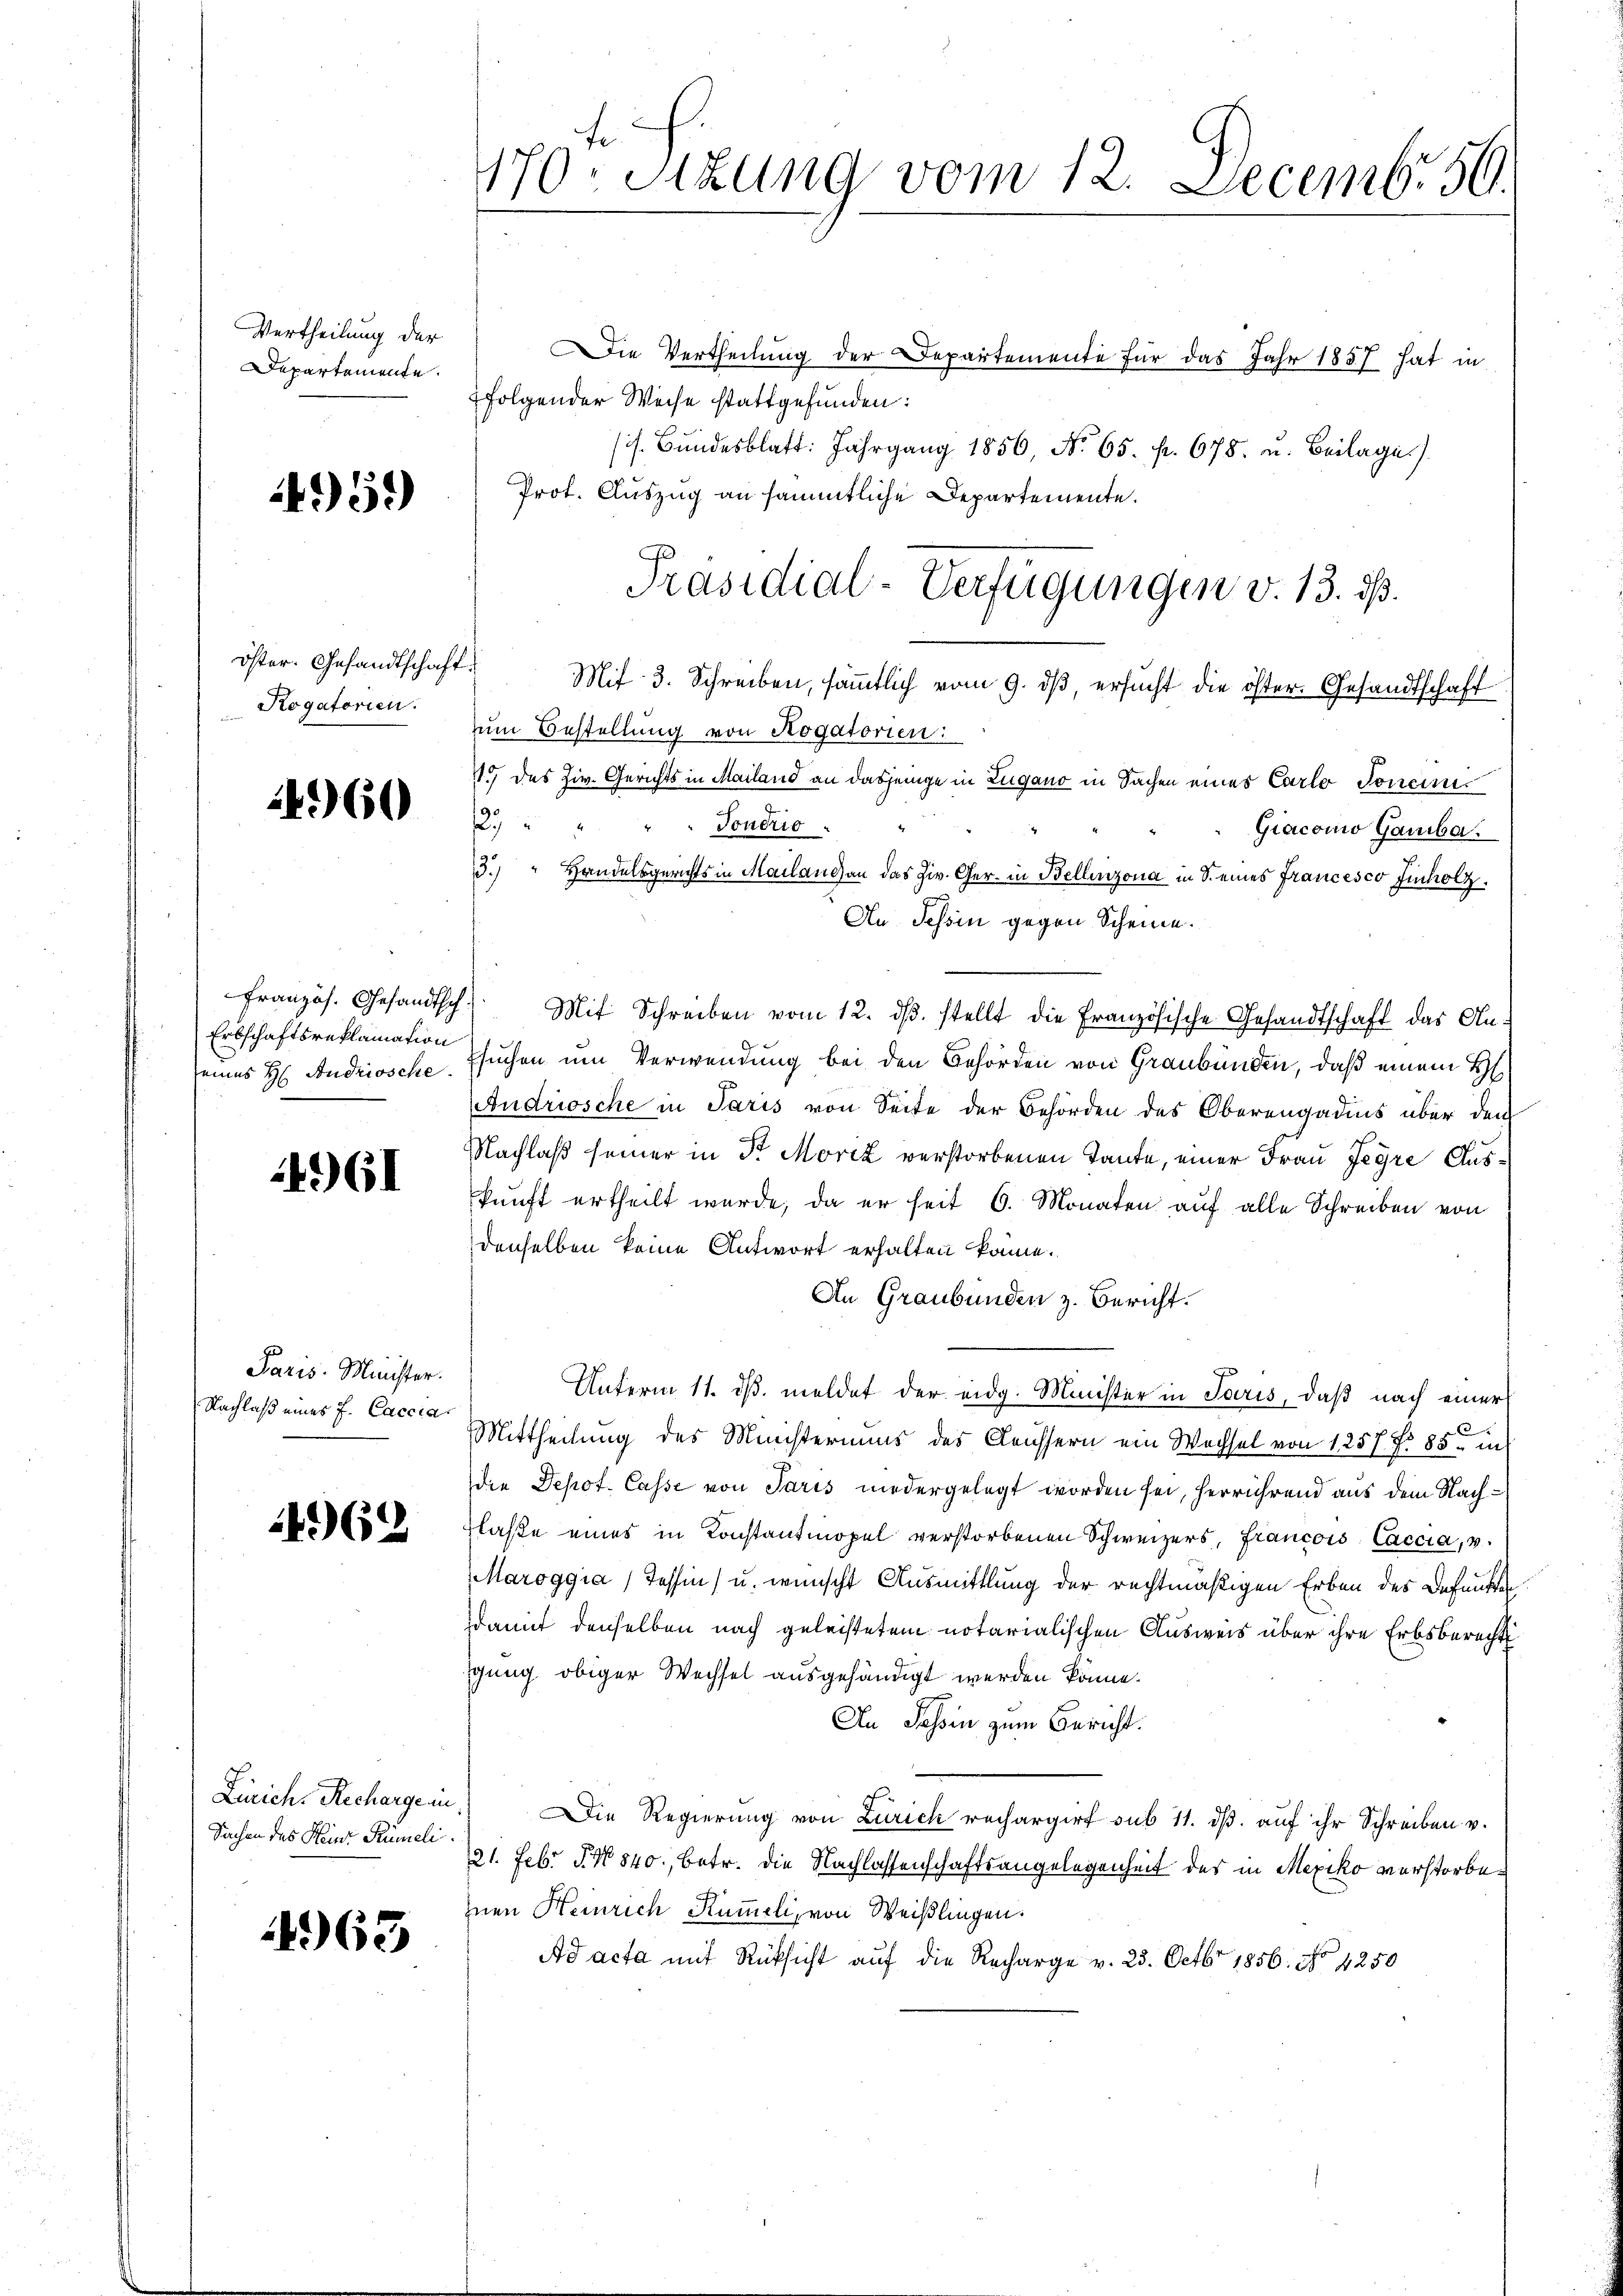
Vertheilung der
Departemente.

4951)

öster. Gesandtschaft.
Rogatorien.

4960

Französ. Gesandtsch
Erbschaftsreklamation
seines H: Andriosche.

4961

Paris Minister.
Nachlaß eines J. Caccia

4962

Linrich-Recharge un
Sachen des Heinr. Rümeli

4965

170. Sitzung vom 12. Decemb. 59.

Die Vertheilung der Departemente für das Jahr 1857 hat in
folgender Weise stattgefunden:
/. Bundesblatt. Jahrgang 1856 No. 65. pr. 678. u. Beilage)
Prot. Auszug an sämmtliche Departemente.
zum Bestellung von Rogatorien:
1.) das Ziv. Gerichts in Mailand an dasjenige in Zugano in Sachen eines Carlo Tonci¬
2. " " " " Fondrio
Giacomo Gamba
Mit Schreiben vom 12. dβ. stellt die Französische Gesandtschaft das An-
Esuchen um Verwendung bei den Behörden von Graubünden, daß einem H
Andriosche in Paris von Seite der Behörden des Oberengadnis über den
Nachlaß seiner in Dr Moriz verstorbenen Tante, einer Frau Jegre Auskunft ertheilt wurde, da er seit 6. Monaten auf alle Schreiben von
denselben keine Antwort erhalten könne.
An Graubünden z. Bericht.
Unterm 11. ds. meldet der eidg. Minister in Paris, daß nach einer
C
Mittheilung des Ministeriums des Aeussern ein Wechsel von 1257 f. 85. in
die Depot. Casse von Paris niedergelegt worden sei, herrührend aus dem Nachlase eines in Konstantmopel verstorbenen Schweizers, Francois, Caccia, v.
Maroggia, Tessin, u. wünscht Ausmittlung der rechtmäßigen Erben des Befunkten
damit denselben nach geleistetem notarialischen Ausweis über ihre Erbsberecht
gung obiger Wechsel ausgehändigt werden könne.
An Passin zum Bericht.
Die Regierung von Zürich rechargirt sub 11. dβ aŭf ihr Schreiben v.
21. Feb. P. No 840., betr. die Nachlassenschaftsangelegenheit des in Mexiko verstorbeinen Heinrich Kummeli, von Weißlingen.
Ad acta mit Rücksicht auf die Recharge v. 23. Octbr 1856. No 4250

13.) " Handelsgerichts in Mailand an das Ziv. Ger. in Bellinzona in S. eines Francesco Finholz¬
An Tessin gegen Scheine.

Präsidial-Verfügungen v. 13. ds.
Mif 3. Schreiben, sämmtlich vom 9. dß ersucht die öster. Gesandtschaft